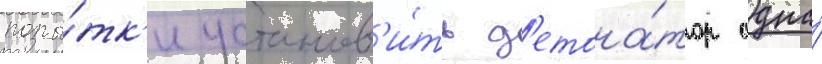
попы́тк'и установ'и́ть д'етона́тор одна́